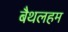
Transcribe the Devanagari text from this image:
बैथलहम